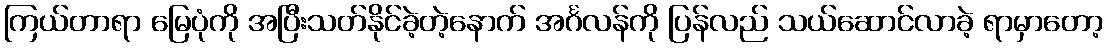
ကြယ်တာရာ မြေပုံကို အပြီးသတ်နိုင်ခဲ့တဲ့နောက် အင်္ဂလန်ကို ပြန်လည် သယ်ဆောင်လာခဲ့ ရာမှာတော့